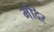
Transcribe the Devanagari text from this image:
मंंदिर